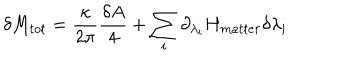
\delta M _ { t o t } = { \frac { \kappa } { 2 \pi } } { \frac { \delta A } { 4 } } + \sum _ { i } \partial _ { \lambda _ { i } } H _ { m a t t e r } \delta \lambda _ { i }